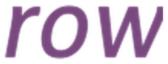
ROW